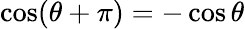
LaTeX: \cos(\theta+\pi)=-\cos\theta